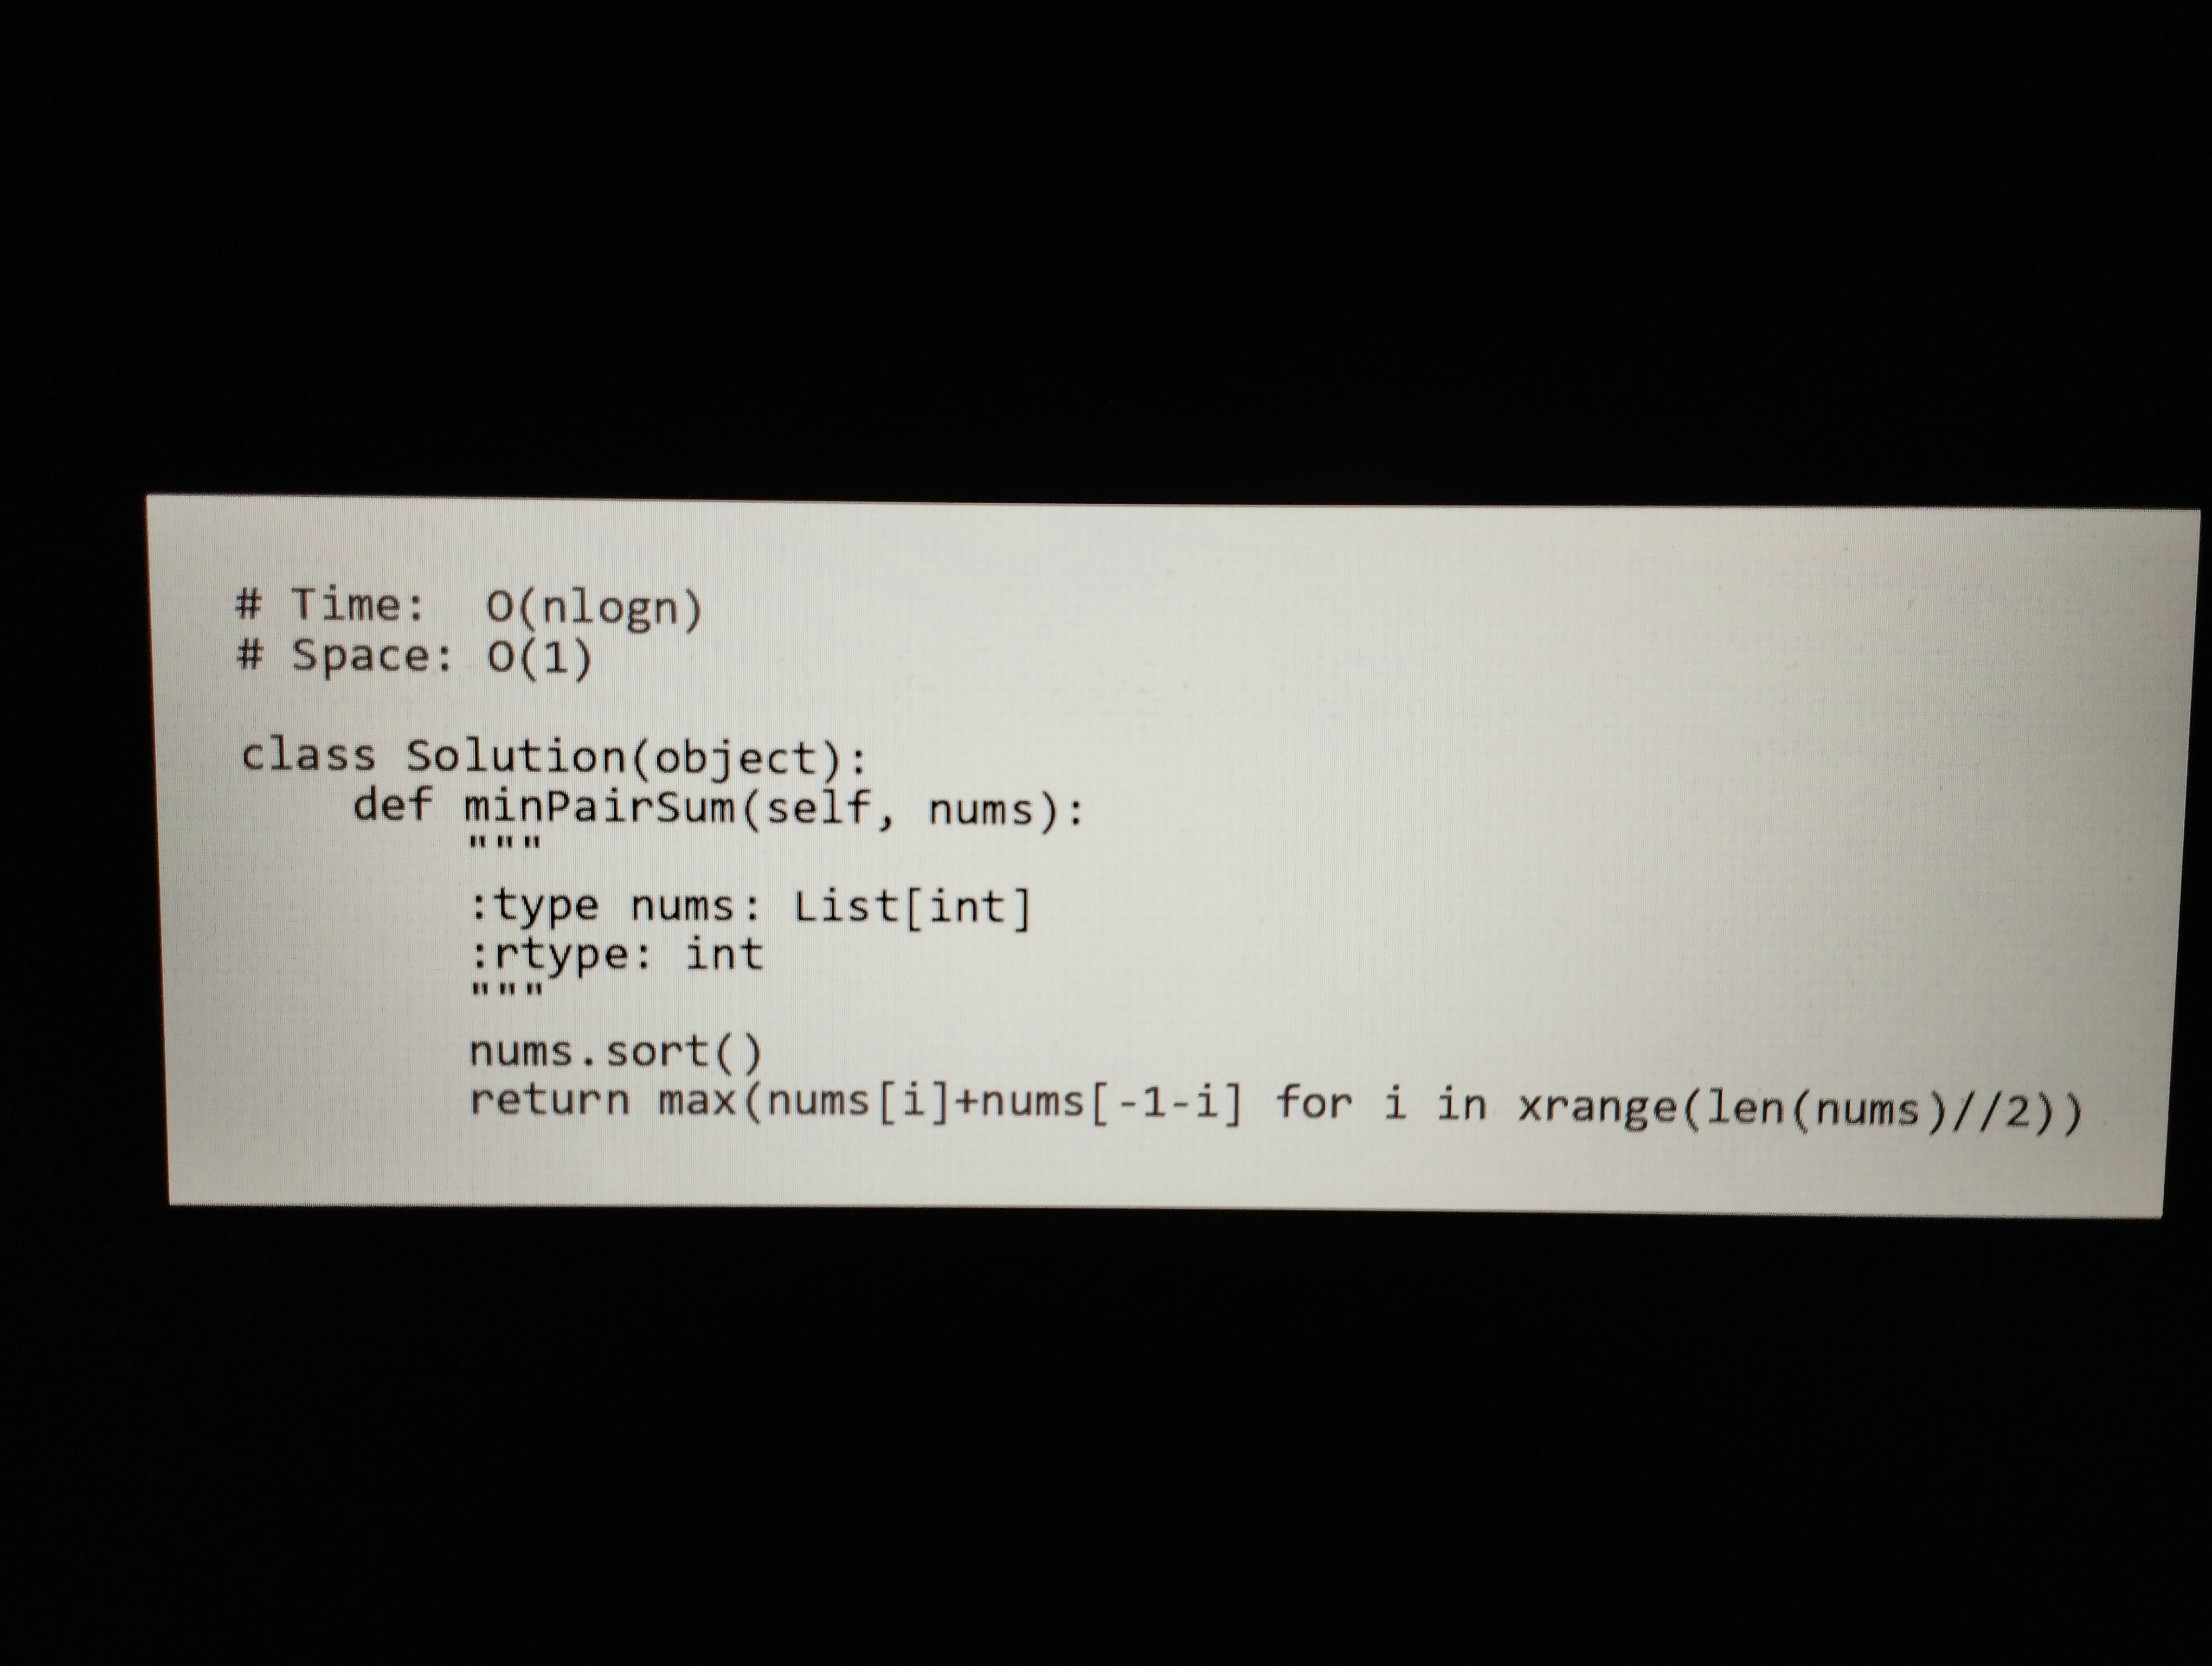
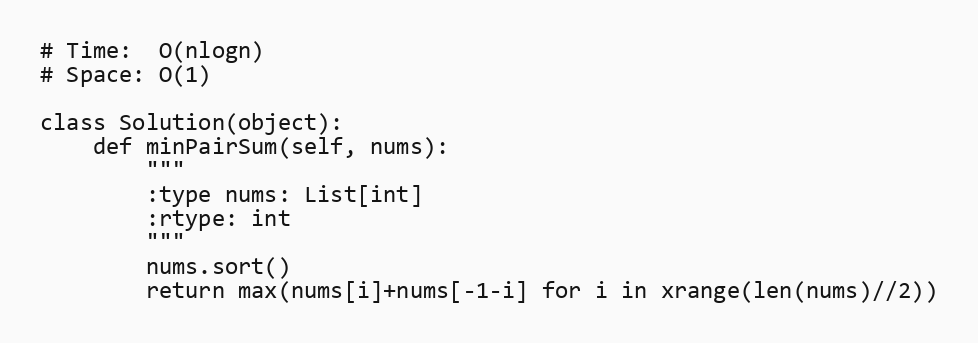
# Time:  O(nlogn)
# Space: O(1)

class Solution(object):
    def minPairSum(self, nums):
        """
        :type nums: List[int]
        :rtype: int
        """
        nums.sort()
        return max(nums[i]+nums[-1-i] for i in xrange(len(nums)//2))